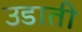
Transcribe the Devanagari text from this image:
उडाती